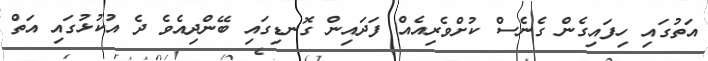
އަތުގައި ހިފައިގެން ގެނެސް ކުށްވެރިއެއް ފަދައިން ގޮނޑިގައި ބޭންދިއެވެ ދެ އުކުޅުގައި އަތް